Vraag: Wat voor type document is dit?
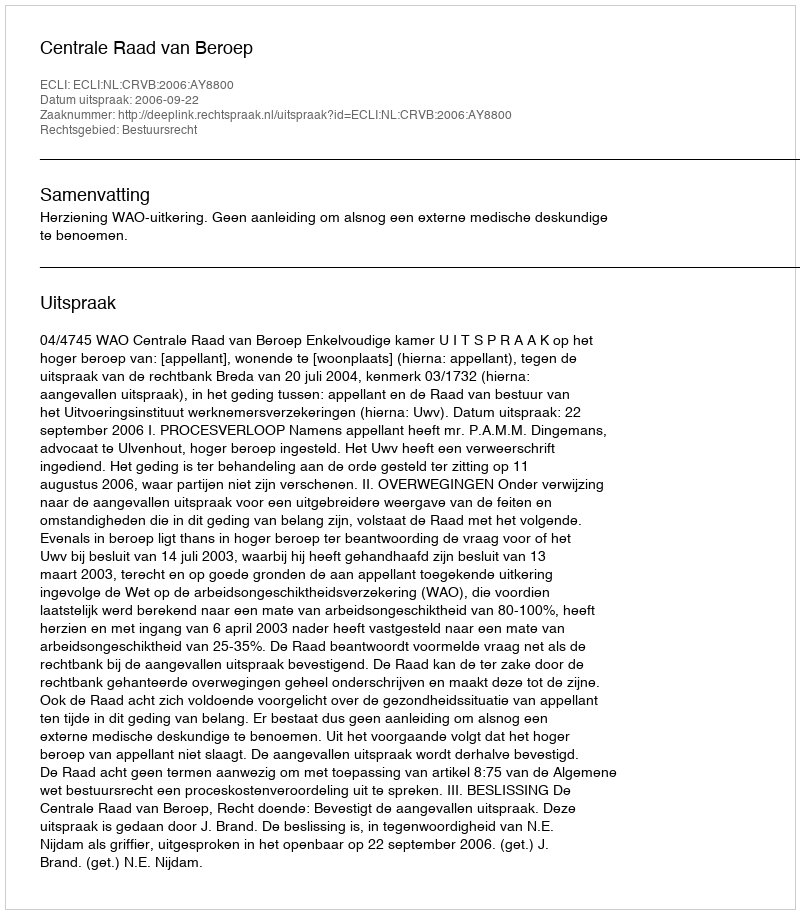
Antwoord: Uitspraak